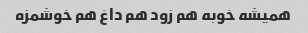
همیشه خوبه هم زود هم داغ هم خوشمزه